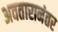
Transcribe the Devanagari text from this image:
अवतारानंतर